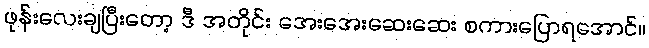
ဖုန်းလေးချပြီးတော့ ဒီ အတိုင်း အေးအေးဆေးဆေး စကားပြောရအောင်။